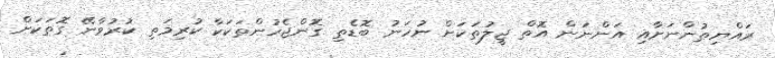
ރައްޔިތުންނަށާއި އަންނަން އޮތް ޖީލުތަކަށް ނުހަނު ބޮޑެތި ގޮންޖެހުންތަކަކާ ކުރިމަތި ކުރުވާނޭ ގޮތަކަށް